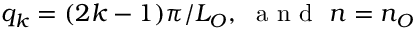
q _ { k } = ( 2 k - 1 ) \pi / L _ { O } , \, \, \mathrm { ~ a ~ n ~ d ~ } \, \, n = n _ { O }